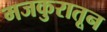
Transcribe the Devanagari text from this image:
मजकुरातून